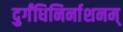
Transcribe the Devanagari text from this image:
दुर्गंधिनिर्नाशनम्